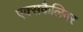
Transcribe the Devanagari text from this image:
एक्सकैलिबर